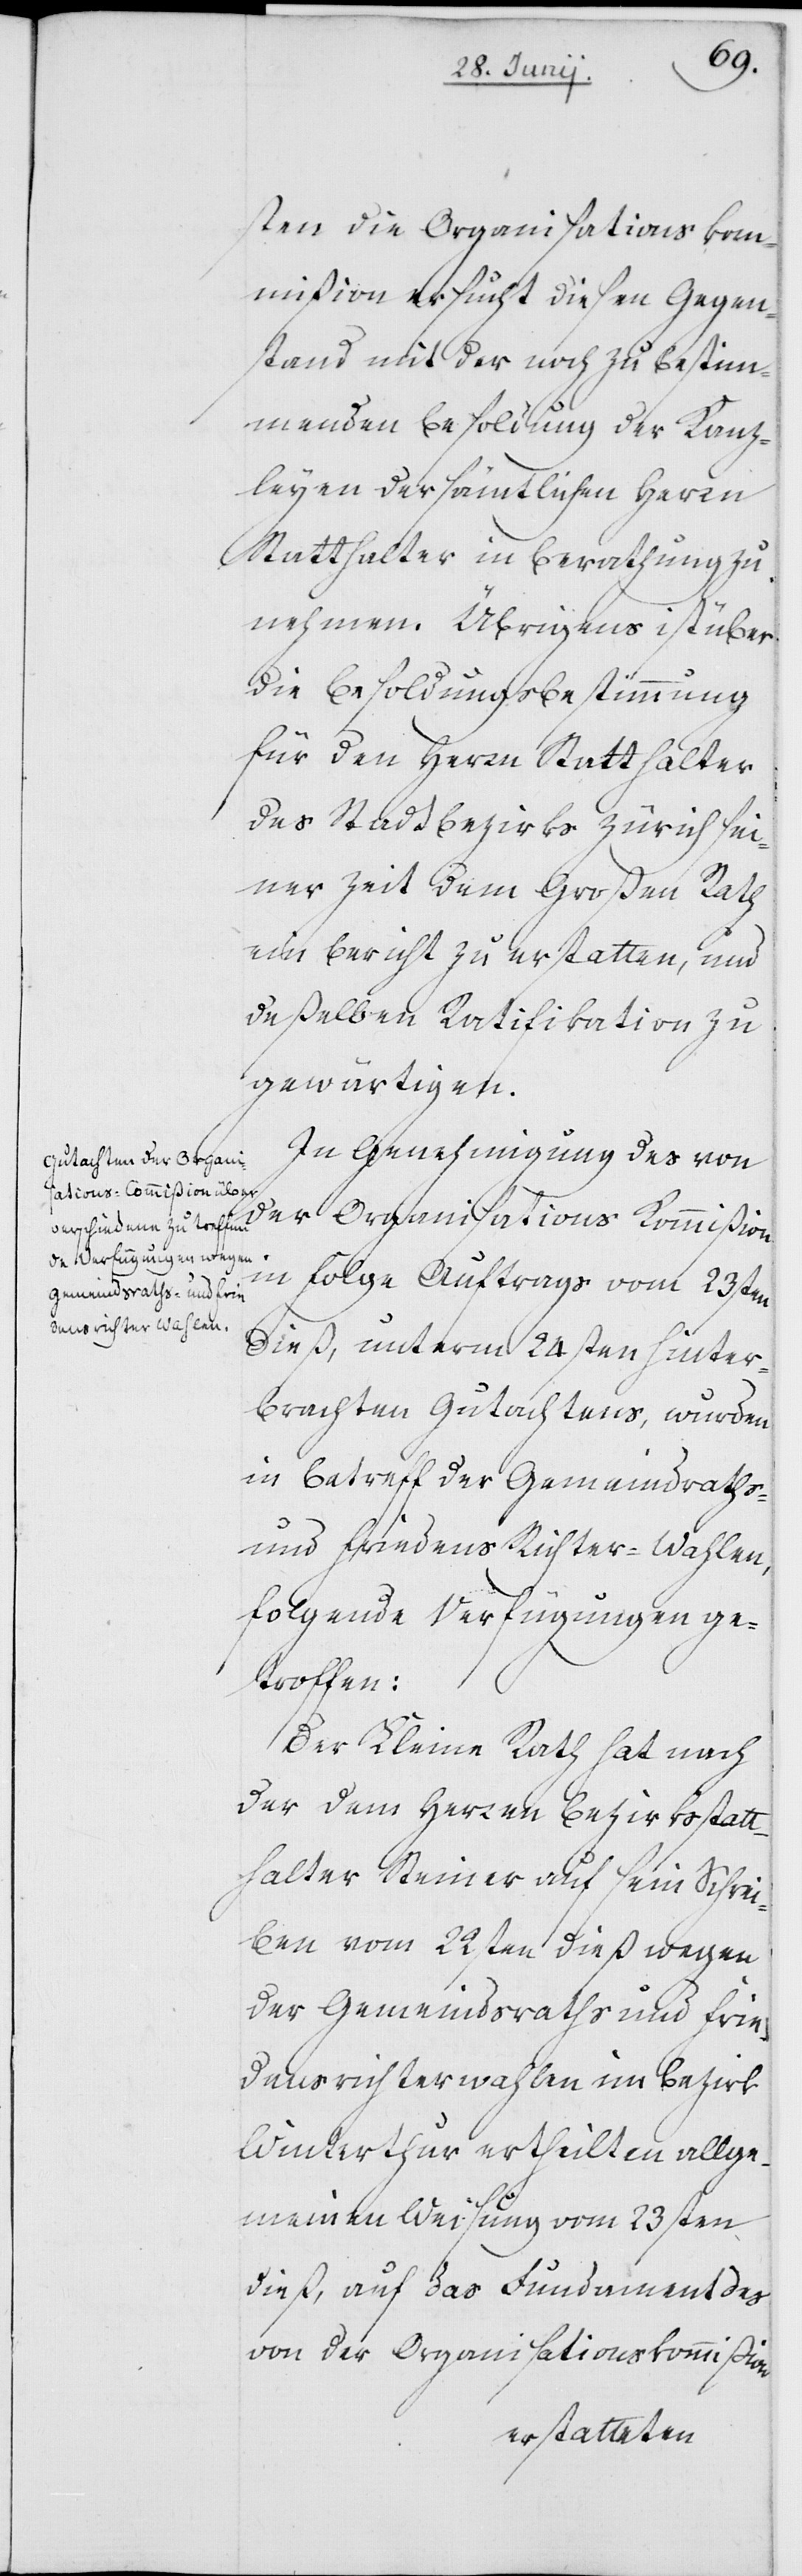
sten die Organisationskom¬
mißion ersucht diesen Gegen¬
stand mit der noch zu bestim¬
menden Besoldung der Kanz¬
leyen der sämtlichen Herrn
Statthalter in Berathung zu
nehmen. Übrigens ist über
die Besoldungsbestimmung
für den Herrn Statthalter
des Stadtbezirks Zürich sei¬
ner Zeit dem Großen Rath
ein Bericht zu erstatten, und
deßelben Ratifikation zu
gewärtigen.
In Genehmigung des von
der Organisations Kommißion
in Folge Auftrags vom 23sten
dieß, unterm 24sten hinter¬
brachten Gutachtens, wurden
in Betreff der Gemeindraths-
und Friedens Richter-Wahlen,
folgende Verfügungen ge¬
troffen:
Der Kleine Rath hat nach
der dem Herren Bezirksstatt¬
halter Steiner auf sein Schrei¬
ben vom 22sten dieß wegen
der Gemeindsraths und Frie¬
densrichterwahlen im Bezirk
Winterthur ertheilten allge¬
meinen Weisung vom 23sten
dieß, auf das Fundament des
von der Organisationskommißion